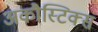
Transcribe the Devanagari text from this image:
अकौस्टिक्स